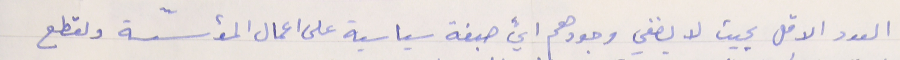
العدد الاقل بحيت لا يضفي وجودهم ايّ صبغة سياسية على اعمال المؤسّسة ولقطع